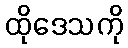
ထိုဒေသကို